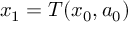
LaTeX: x _ { 1 } = T ( x _ { 0 } , a _ { 0 } )